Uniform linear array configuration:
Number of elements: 64
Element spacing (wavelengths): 0.25
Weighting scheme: kaiser
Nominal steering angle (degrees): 45
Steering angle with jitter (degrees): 45.664
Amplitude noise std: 0.05
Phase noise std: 0.05

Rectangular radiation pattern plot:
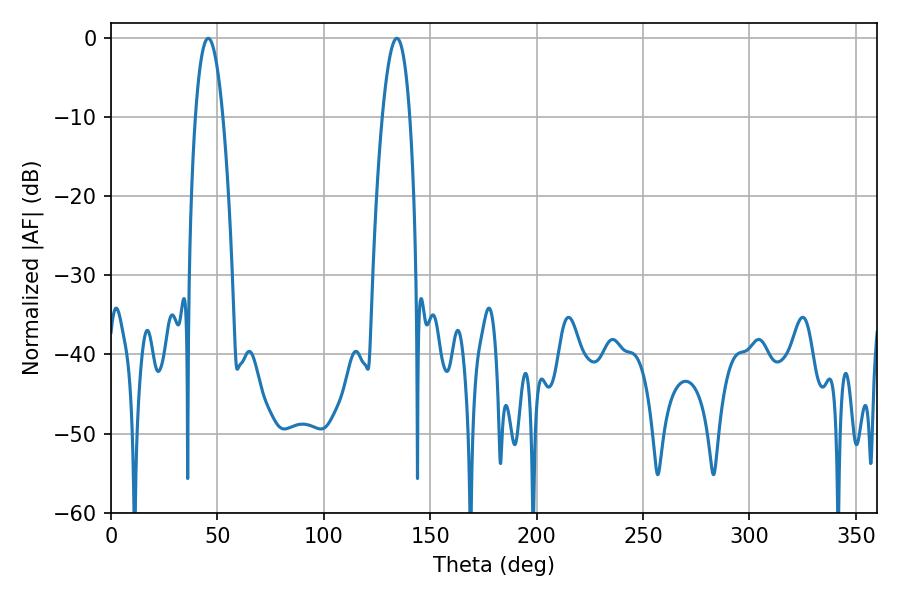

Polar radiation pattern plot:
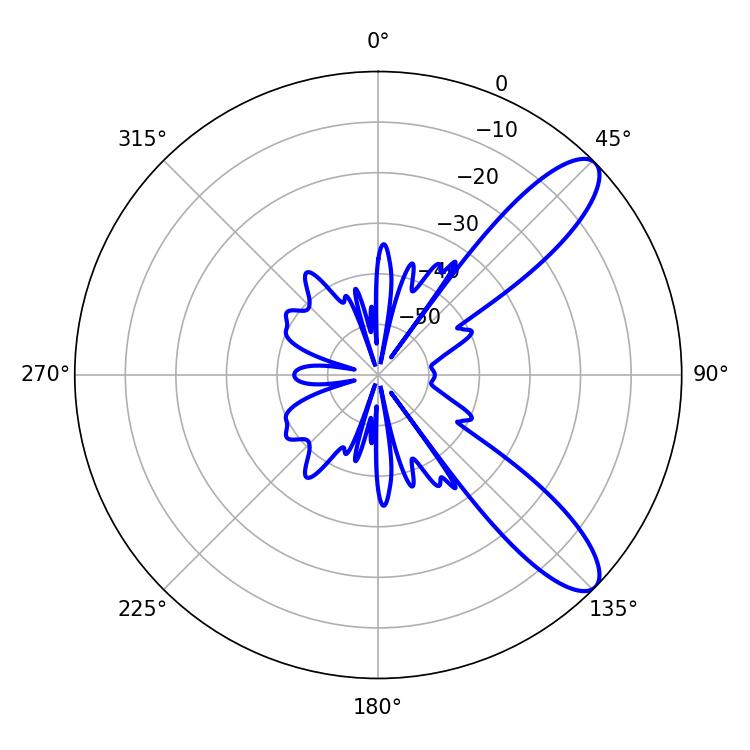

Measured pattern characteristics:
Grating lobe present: FALSE
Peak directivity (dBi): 10.177
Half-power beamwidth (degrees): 7.02
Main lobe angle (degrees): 45.72